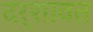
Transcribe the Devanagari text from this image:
दर्शावत